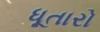
ધૂતારો